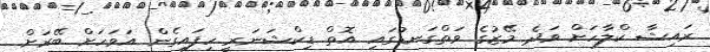
ރައިޝާ ކްލާހަށް ވަދެ މޭޒުގެ ވަތްގަނޑުގައި އޮތް ޑިކްޝަނަރީ ހިފައިގެން އަވަހަށް ބޭރަށް